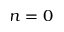
n = 0